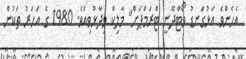
އެހެންވެ އަޅުގަނޑު ވޯޓްދޭނީ ޓްރަމްޕަށް" މާލިކް ވިދާޅުވިއެވެ. 1980 ގެ އަހަރު ތަކުން